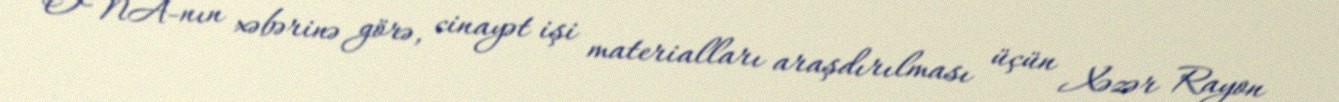
ONA-nın xəbərinə görə, cinayət işi materialları araşdırılması üçün Xəzər Rayon